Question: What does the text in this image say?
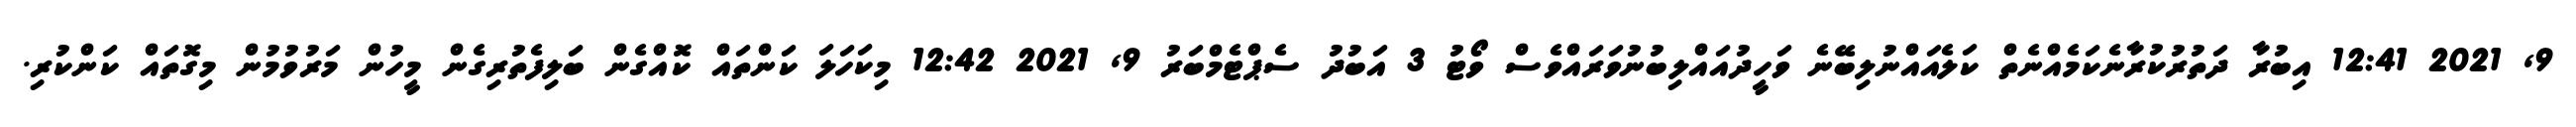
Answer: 9, 2021 12:41 އިބުރާ ދަތުރުކުރާނެކަމެއްނެތް ކަލެއައްނުލިބޭނެ ވަހީދުއައްލިބުނުވަރައްވެސް ވޯޓު 3 އަބުދު ސެޕްޓެމްބަރު 9, 2021 12:42 މިކަހަލަ ކަންތައް ކޮއްގެން ބަލިފެތުރިގެން މީހުން މަރުވުމުން މިގޮތައް ކަންކުރި.